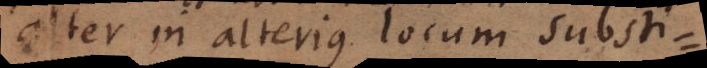
alter in alterius locum substi